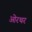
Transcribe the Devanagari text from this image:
ओरथर